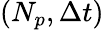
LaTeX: (N_{p},\Delta t)